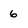
Character: 6